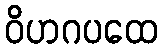
ဝိဟဂပထေ